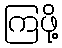
ကြဖို့